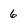
Character: 6